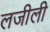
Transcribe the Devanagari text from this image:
लजीली